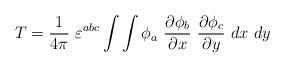
LaTeX: \begin{align*}T=\frac{1}{4\pi}~\varepsilon^{abc}\int\int \phi_a~\frac{\partial\phi_b}{\partial x}~\frac{\partial\phi_c}{\partial y}~dx~dy\end{align*}